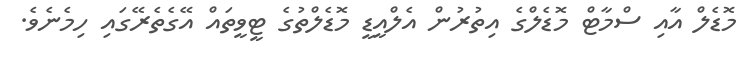
މޮޑެލް އާއި ސްމާޓް މޮޑެލްގެ އިތުރުން އެލްއީޑީ މޮޑެލްތުގެ ޓީވީތައް އޭގެތެރޭގައި ހިމެނެވެ.